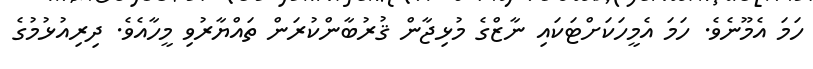
ހަމަ އެމޫނެވެ. ހަމަ އެމީހަކަށްޓަކައި ނާޒްގެ މުޅިޖާން ޤުރުބާންކުރަން ތައްޔާރުވި މީހާއެވެ. ދިރިއުޅުމުގެ